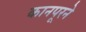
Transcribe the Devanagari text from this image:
कानपूरने